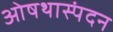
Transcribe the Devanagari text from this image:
ओषथास्पंदन